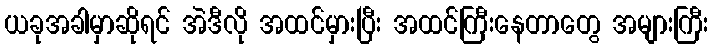
ယခုအခါမှာဆိုရင် အဲဒီလို အထင်မှားပြီး အထင်ကြီးနေတာတွေ အများကြီး